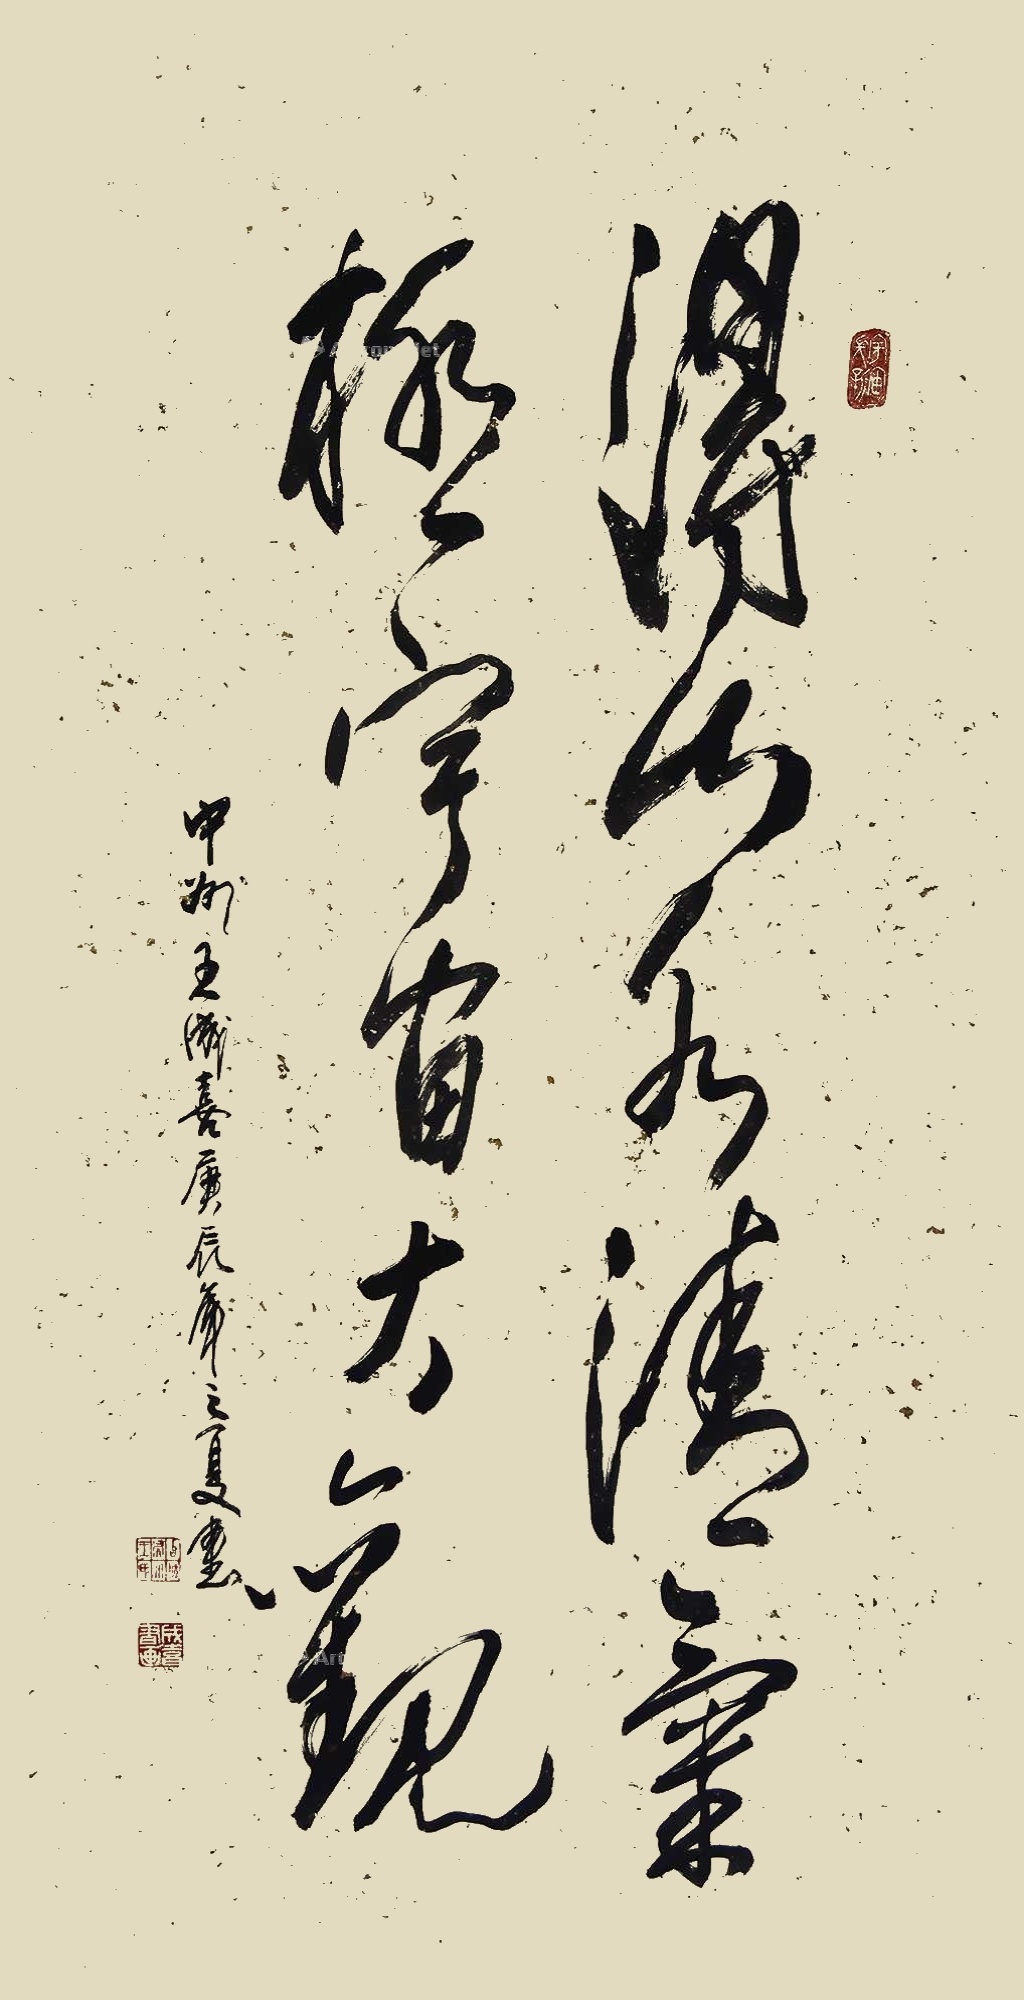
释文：得山水清气，极宇宙大观中州王成喜庚辰年立夏书